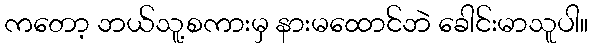
ကတော့ ဘယ်သူ့စကားမှ နားမထောင်ဘဲ ခေါင်းမာသူပါ။